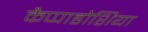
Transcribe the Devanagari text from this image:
कैप्पाडोशिया